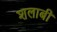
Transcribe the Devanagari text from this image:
शलाबी